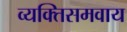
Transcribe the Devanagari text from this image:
व्यक्तिसमवाय